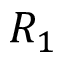
R _ { 1 }